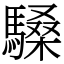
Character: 䮣